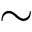
\sim